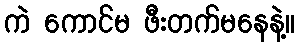
ကဲ ကောင်မ ဖီးတက်မနေနဲ့။